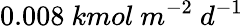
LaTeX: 0.008\ kmol\ m^{-2}\ d^{-1}